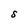
Character: S